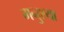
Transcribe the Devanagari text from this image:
मनुश्या